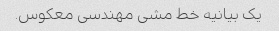
یک بیانیه خط مشی مهندسی معکوس.